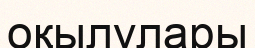
оқылулары